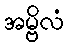
အမ္ဗိလံ